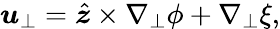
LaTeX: \boldsymbol{u}_{\perp}=\hat{\boldsymbol{z}}\times\nabla_{\perp}\phi+\nabla_{\perp}\xi,